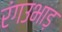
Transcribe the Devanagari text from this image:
रंगउभाड़